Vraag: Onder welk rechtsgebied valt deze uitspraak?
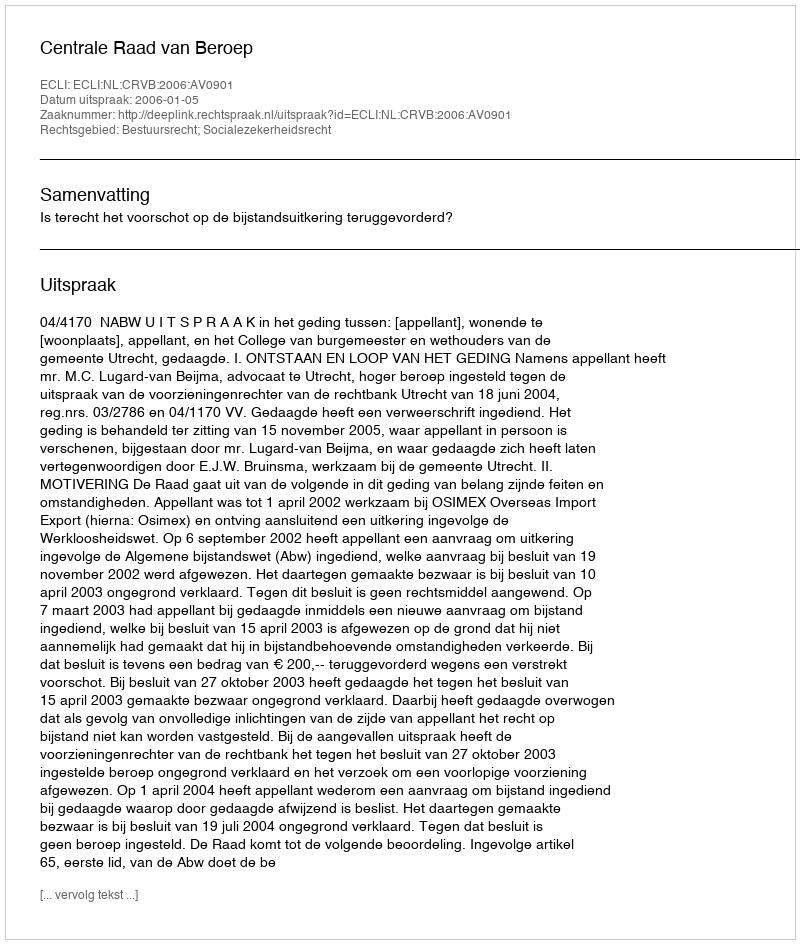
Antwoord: Bestuursrecht; Socialezekerheidsrecht